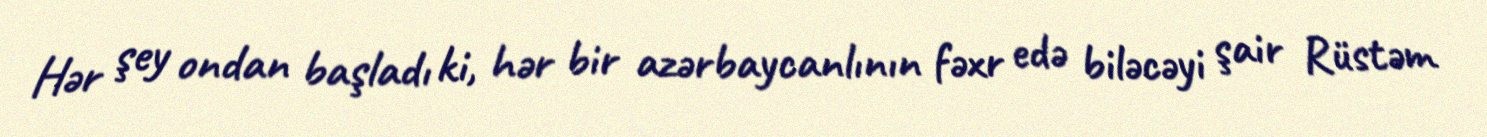
Hər şey ondan başladı ki, hər bir azərbaycanlının fəxr edə biləcəyi şair Rüstəm